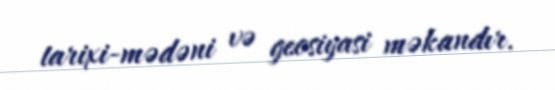
tarixi-mədəni və geosiyasi məkandır.